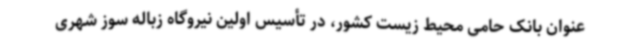
عنوان بانک حامی محیط زیست کشور، در تأسیس اولین نیروگاه زباله سوز شهری